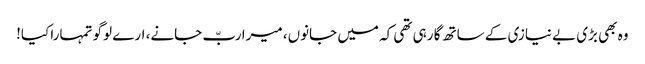
وہ بھی بڑی بے نیازی کے ساتھ گا رہی تھی کہ میں جانوں، میرا ربّ جانے، ارے لوگو تمہارا کیا!